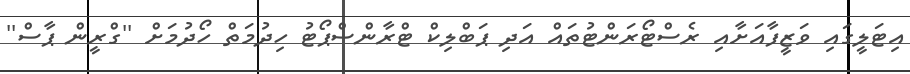
އިޓަލީގައި ވަޒީފާއަށާއި ރެސްޓޯރަންޓުތައް އަދި ޕަބްލިކް ޓްރާންސްޕޯޓު ހިދުމަތް ހޯދުމަށް ''ގްރީން ޕާސް''